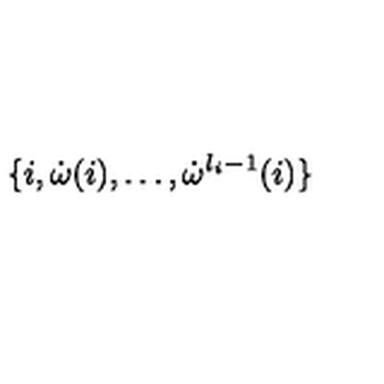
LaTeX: \{ i , \dot { \omega } ( i ) , \ldots , \dot { \omega } ^ { l _ { i } - 1 } ( i ) \}